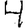
Digit: 4